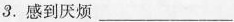
3.感到厌烦___